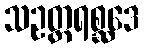
သဥတ္တရစ္ဆဒေ